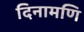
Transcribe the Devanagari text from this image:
दिनामणि